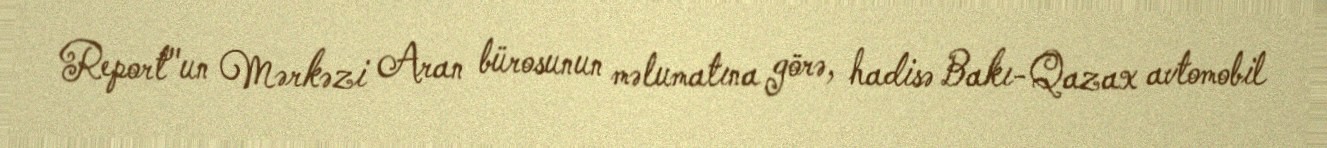
Report"un Mərkəzi Aran bürosunun məlumatına görə, hadisə Bakı-Qazax avtomobil